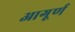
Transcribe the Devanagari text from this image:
आगूर्ण